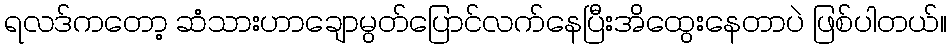
ရလဒ်ကတော့ ဆံသားဟာချောမွတ်ပြောင်လက်နေပြီးအိထွေးနေတာပဲ ဖြစ်ပါတယ်။